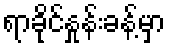
ရာခိုင်နှုန်းခန့်မှာ